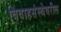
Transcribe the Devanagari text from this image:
विवाहसंस्थेवरील